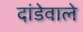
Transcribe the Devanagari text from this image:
दांडेवाले